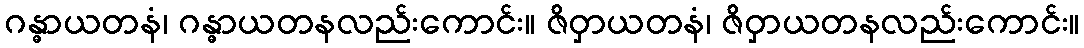
ဂန္ဓာယတနံ၊ ဂန္ဓာယတနလည်းကောင်း။ ဇိဝှာယတနံ၊ ဇိဝှာယတနလည်းကောင်း။